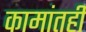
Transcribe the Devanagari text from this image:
कामांतही